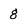
Character: g